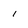
Character: i